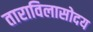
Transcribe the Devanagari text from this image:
ताराविलासोदय